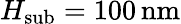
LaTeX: H_{\mathrm{sub}}=100\, \mathrm{nm}